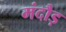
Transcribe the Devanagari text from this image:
मंदौड़